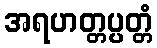
အရဟတ္တပ္ပတ္တံ